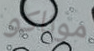
موناكو